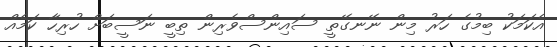
އެކަމަކު ބިމުގެ ހަރު މިން ނޭނގޭތީ ސައިންސްވެރިން ތިބީ ނަސީބަށް ހުރިހާ ކަމެއް